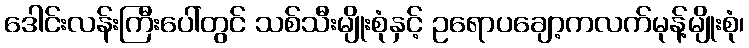
ဒေါင်းလန်းကြီးပေါ်တွင် သစ်သီးမျိုးစုံနှင့် ဥရောပချော့ကလက်မုန့်မျိုးစုံ၊